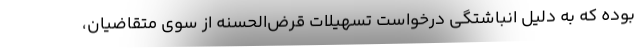
بوده که به دلیل انباشتگی درخواست تسهیلات قرض‌الحسنه از سوی متقاضیان،